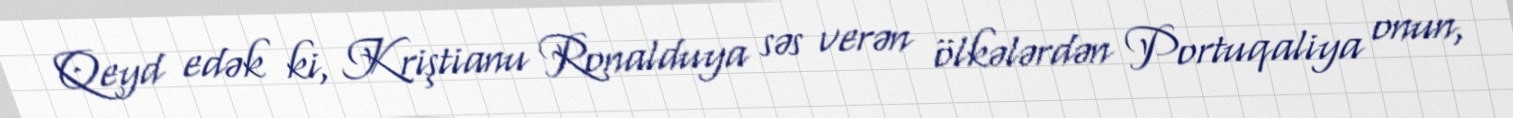
Qeyd edək ki, Kriştianu Ronalduya səs verən ölkələrdən Portuqaliya onun,